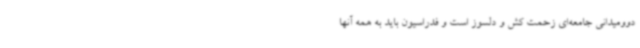
دوومیدانی جامعه‌ای زحمت کش و دلسوز است و فدراسیون باید به همه آنها